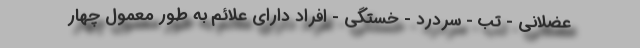
عضلانی - تب - سردرد - خستگی - افراد دارای علائم به طور معمول چهار